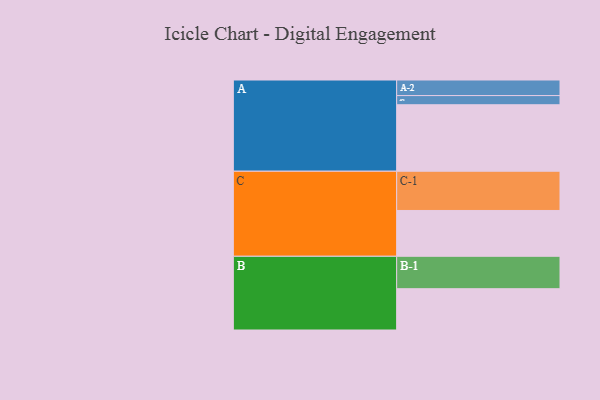
{"axis": {"x": "Segment", "y": "Value"}, "legend": ["", "A", "B", "C"], "data": [{"x": "A", "y": 486, "type": ""}, {"x": "B", "y": 302, "type": ""}, {"x": "C", "y": 335, "type": ""}, {"x": "A-1", "y": 67, "type": "A"}, {"x": "A-2", "y": 114, "type": "A"}, {"x": "B-1", "y": 237, "type": "B"}, {"x": "C-1", "y": 287, "type": "C"}]}